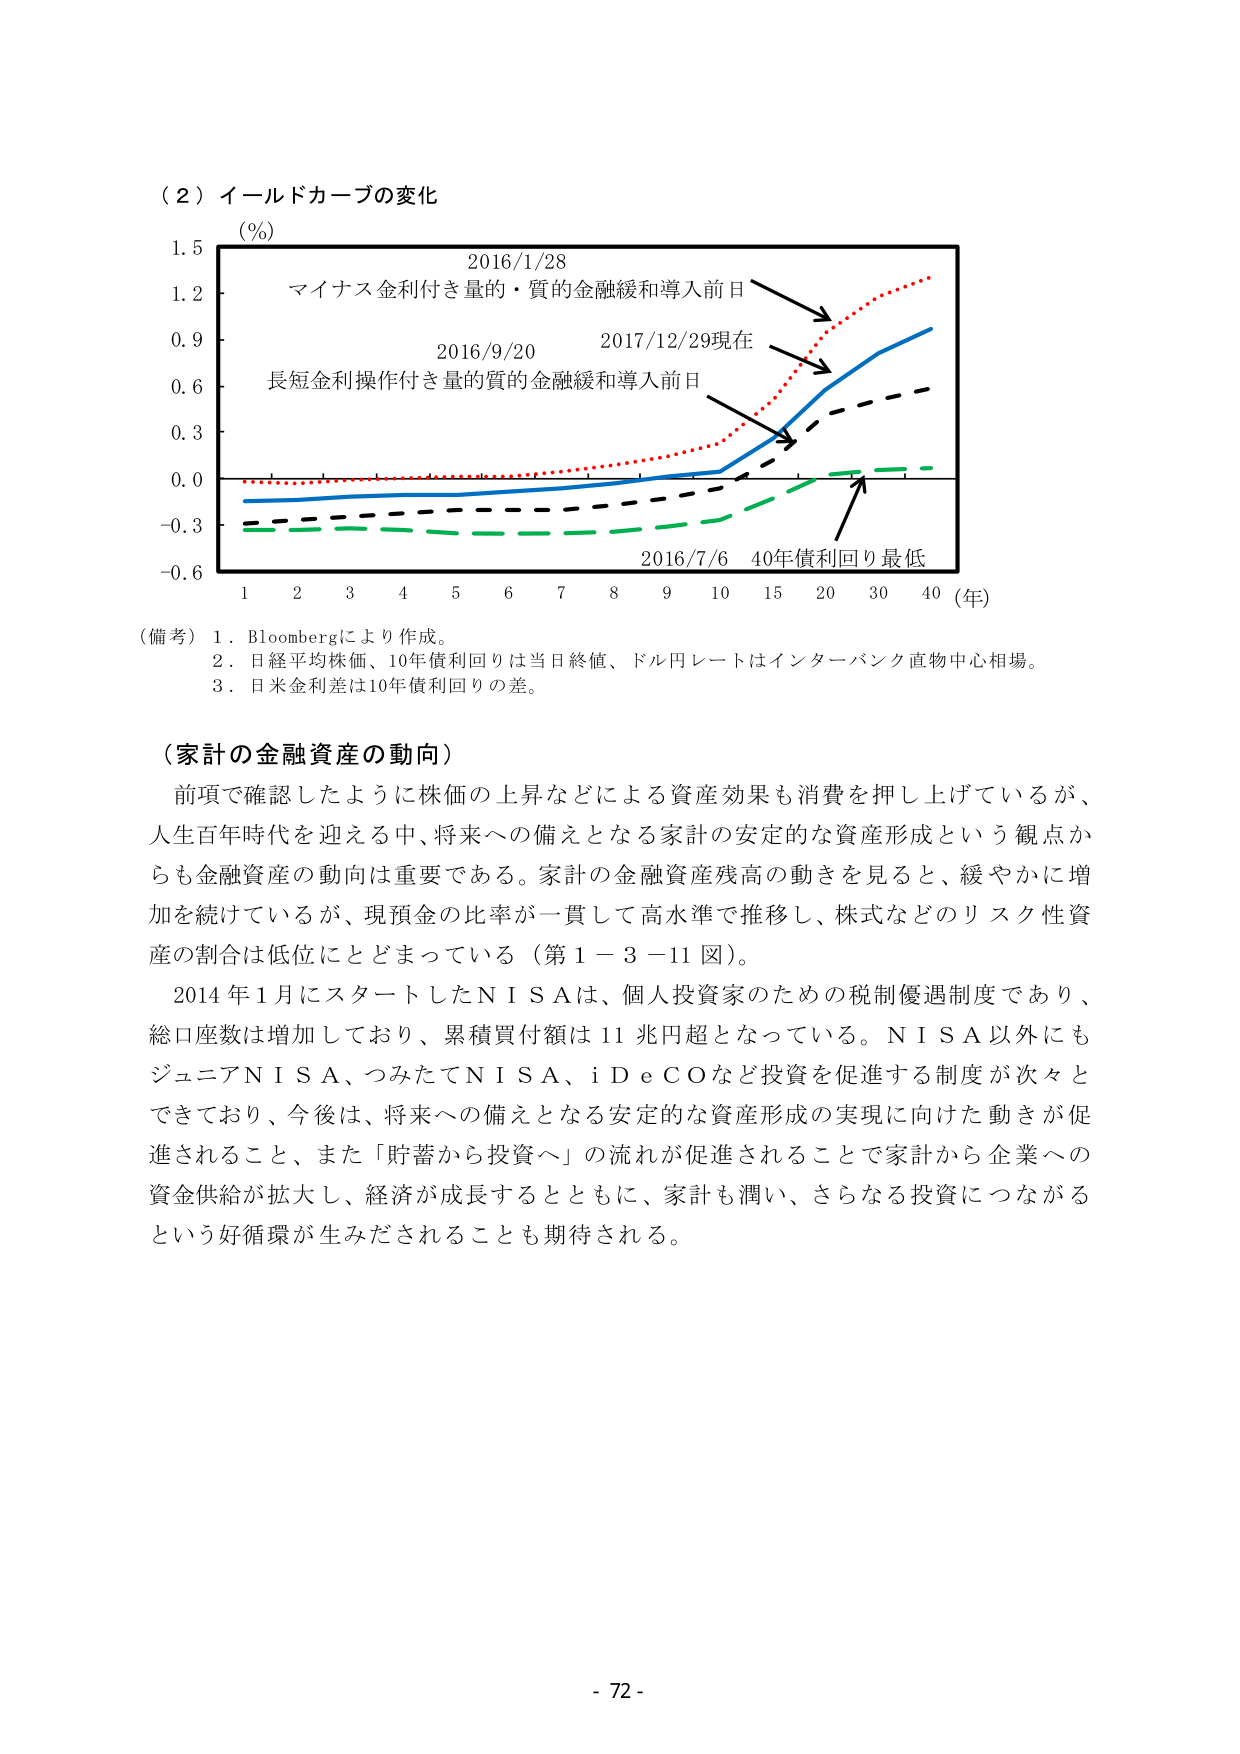
（２）イールドカーブの変化
（％）
1.5
1.2
0.9
0.6
0.3
0.0
-0.3
-0.6
2016/1/28
マイナス金利付き量的・質的金融緩和導入前日
2016/9/20
長短金利操作付き量的質的金融緩和導入前日
2017/12/29現在
2016/7/6 40年債利回り最低
1 2 3 4 5 6 7 8 9 10 15 20 30 40（年）

（備考）1．Bloombergにより作成。
2．日経平均株価、10年債利回りは当日終値、ドル円レートはインターバンク直物中心相場。
3．日米金利差は10年債利回りの差。

（家計の金融資産の動向）
前項で確認したように株価の上昇などによる資産効果も消費を押し上げているが、
人生百年時代を迎える中、将来への備えとなる家計の安定的な資産形成という観点か
らも金融資産の動向は重要である。家計の金融資産残高の動きを見ると、緩やかに増
加を続けているが、現預金の比率が一貫して高水準で推移し、株式などのリスク性資
産の割合は低位にとどまっている（第１－３－11図）。
2014年1月にスタートしたＮＩＳＡは、個人投資家そのための税制優遇制度であり、
総口座数は増加しており、累積買付額は11兆円超となっている。ＮＩＳＡ以外にも
ジュニアＮＩＳＡ、つみたてＮＩＳＡ、ｉＤｅＣＯなど投資を促進する制度が次々と
できており、今後は、将来への備えとなる安定的な資産形成の実現に向けた動きが促
進されること、また「貯蓄から投資へ」の流れが促進されることで家計から企業への
資金供給が拡大し、経済が成長するとともに、家計も潤い、さらなる投資につながる
という好循環が生みだされることも期待される。

- 72 -